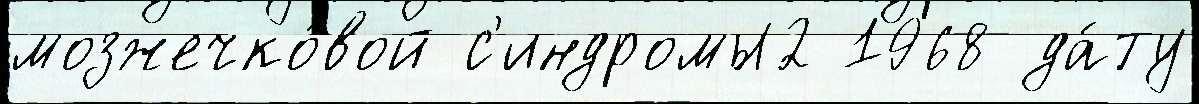
мозжечко́вой с'индромы2 1968 да́ту